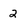
Character: 2